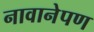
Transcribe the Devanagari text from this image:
नावानेपण